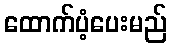
ထောက်ပံ့ပေးမည်